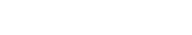
١٨٩